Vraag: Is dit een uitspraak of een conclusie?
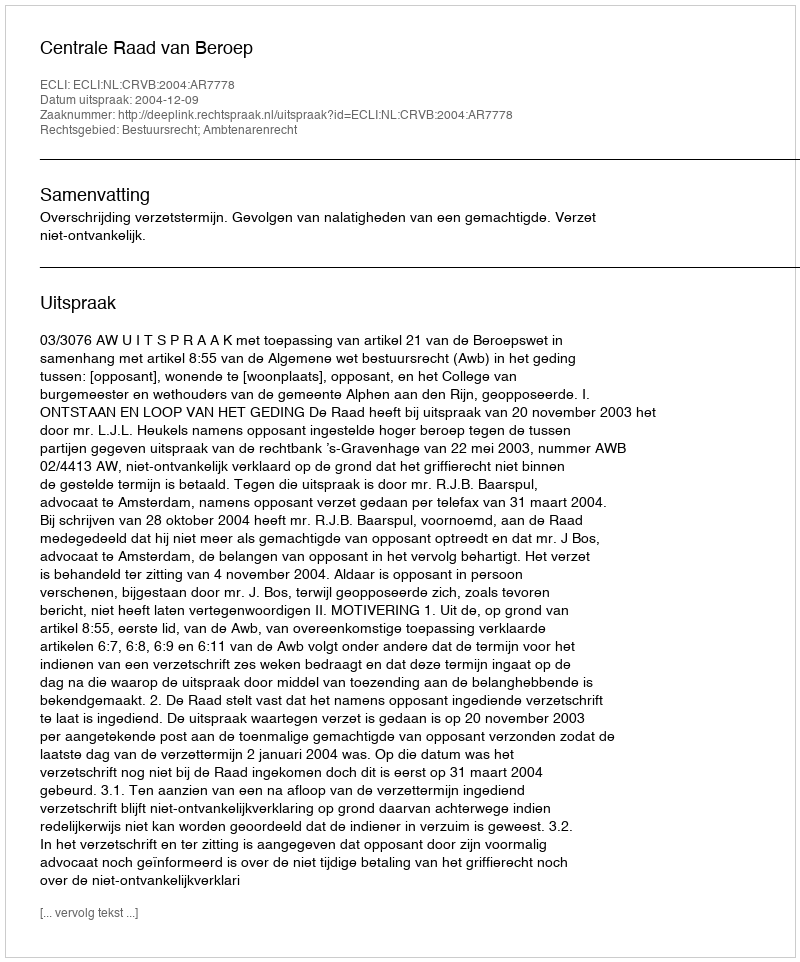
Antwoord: Uitspraak